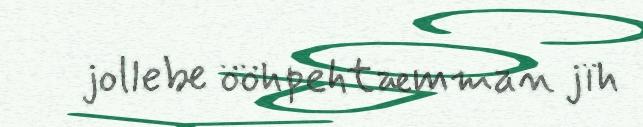
jollebe ööhpehtæmman jïh